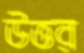
উত্তর